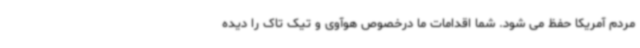
مردم آمریکا حفظ می شود. شما اقدامات ما درخصوص هوآوی و تیک تاک را دیده